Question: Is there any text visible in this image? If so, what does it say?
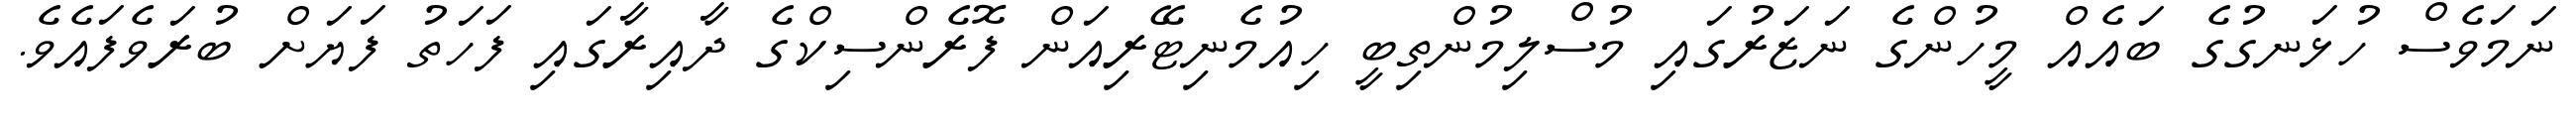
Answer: ނަމަވެސް ހުޅަނގުގެ ބައެއް މީހުންގެ ނަޒަރުގައި މުސްލިމުންތިބީ ހިއުމެނިޓޭރިއަން ފޮރެންސިކްގެ ދާއިރާގައި ފަހަތު ފަޔަށް ބުރަވެފައެވެ.